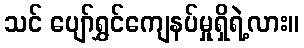
သင် ပျော်ရွှင်ကျေနပ်မှုရှိရဲ့လား။